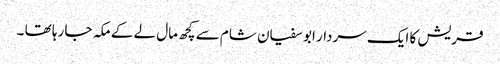
قریش کا ایک سردار ابو سفیان شام سے کچھ مال لے کے مکہ جا رہا تھا ۔